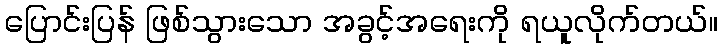
ပြောင်းပြန် ဖြစ်သွားသော အခွင့်အရေးကို ရယူလိုက်တယ်။